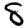
Digit: 8